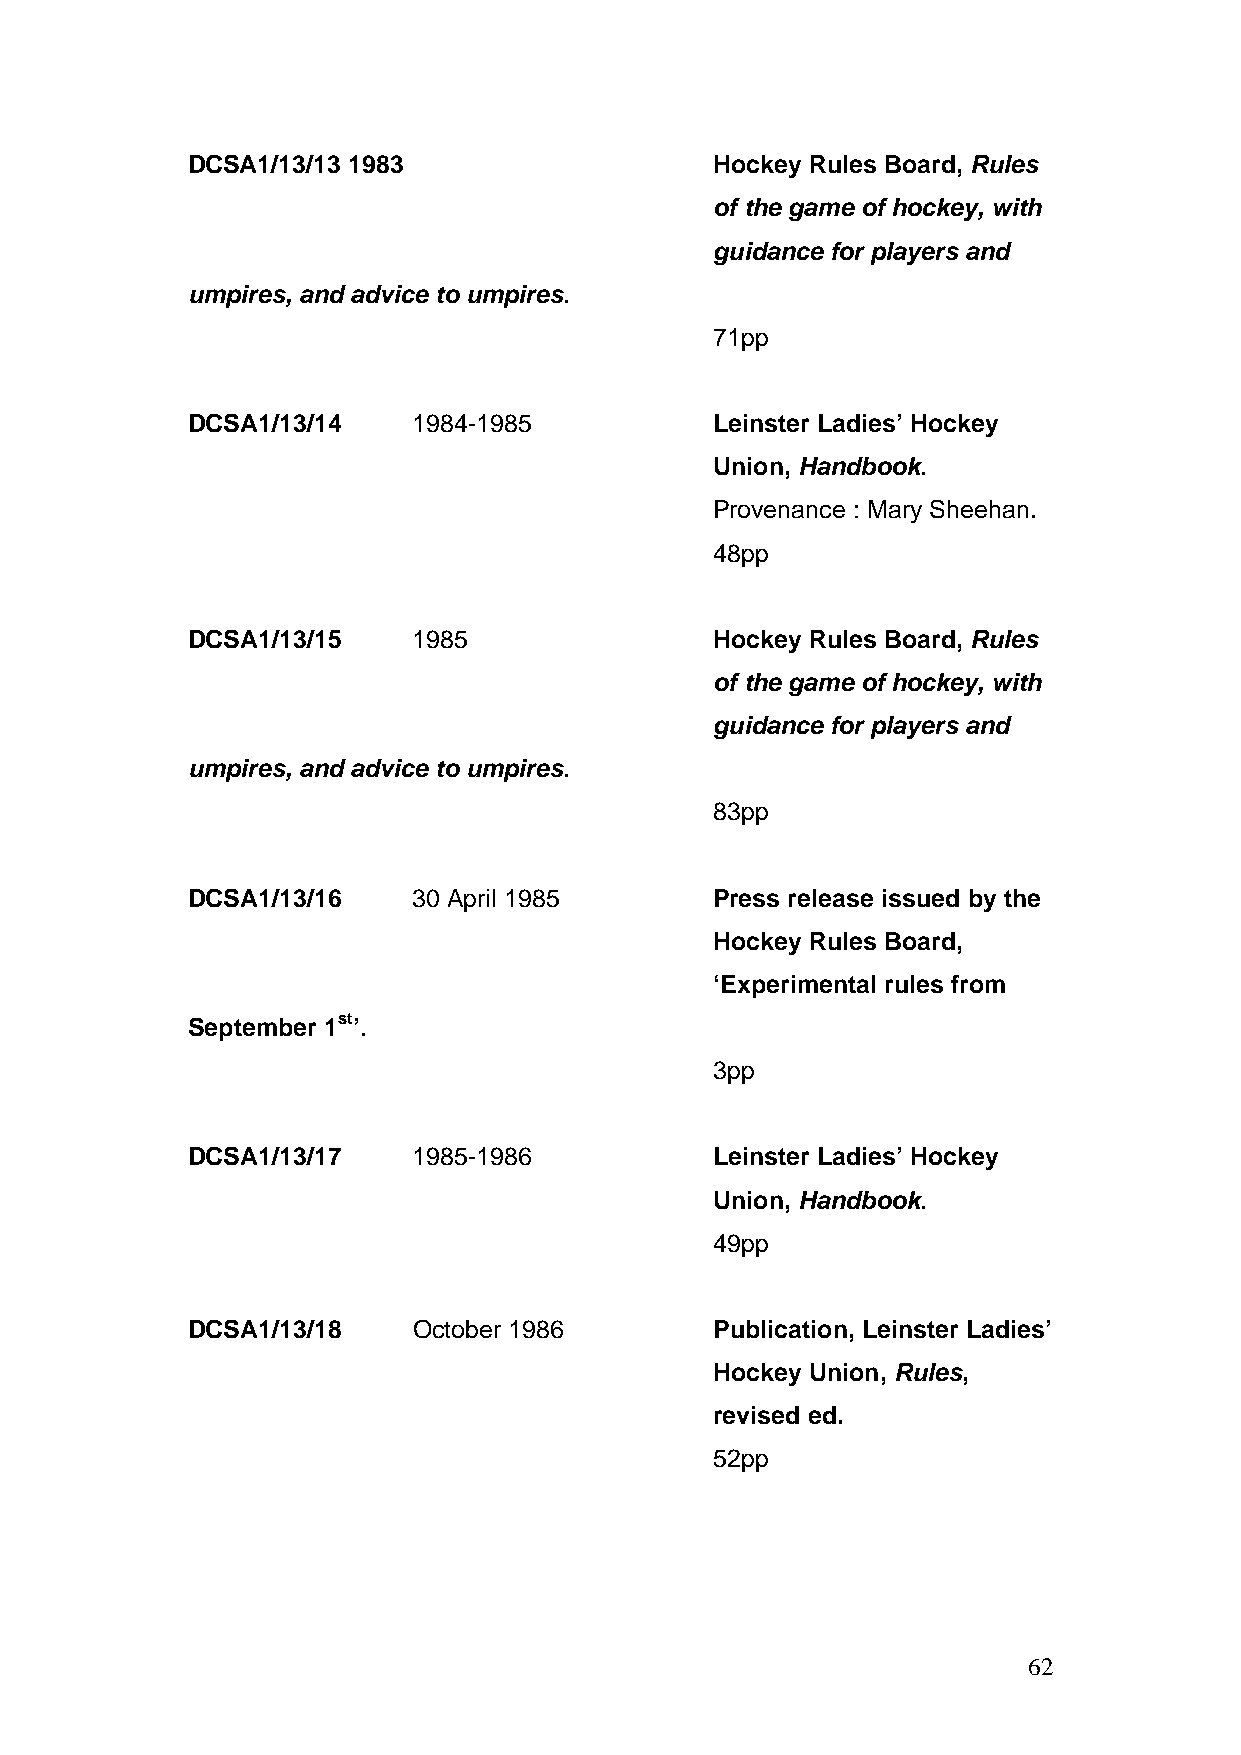
DCSA1/13/13 1983                   Hockey Rules Board, Rules
 of the game of hockey, with
 guidance for players and
 umpires, and advice to umpires.
 71pp
 DCSA1/13/14    1984-1985           Leinster Ladies’ Hockey
 Union, Handbook.
 Provenance : Mary Sheehan.
 48pp
 DCSA1/13/15    1985                Hockey Rules Board, Rules
 of the game of hockey, with
 guidance for players and
 umpires, and advice to umpires.
 83pp
 DCSA1/13/16    30 April 1985       Press release issued by the
 Hockey Rules Board,
 ‘Experimental rules from
 September 1st’.
 3pp
 DCSA1/13/17    1985-1986           Leinster Ladies’ Hockey
 Union, Handbook.
 49pp
 DCSA1/13/18    October 1986        Publication, Leinster Ladies’
 Hockey Union, Rules,
 revised ed.
 52pp
 62